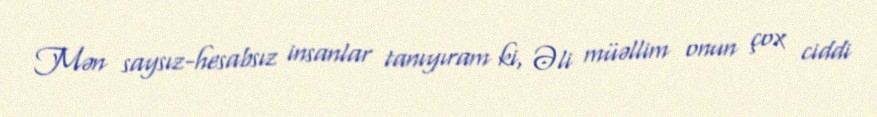
Mən saysız-hesabsız insanlar tanıyıram ki, Əli müəllim onun çox ciddi